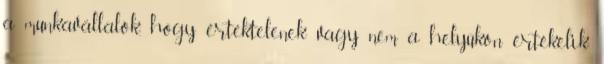
a munkavállalók, hogy értéktelenek vagy nem a helyükön értékelik